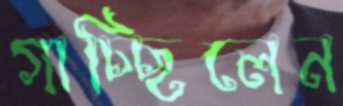
গাচ্ছিলেন